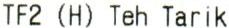
TF2 (H) TEH TARIK